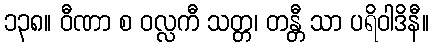
၁၃၈။ ဝီဏာ စ ဝလ္လကီ သတ္တ၊ တန္တီ သာ ပရိဝါဒိနီ။